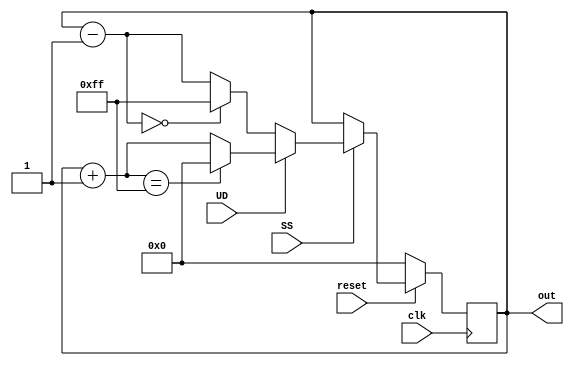
`timescale 1ns / 1ps
//////////////////////////////////////////////////////////////////////////////////
// Company: 
// Engineer: 
// 
// Design Name: 
// Module Name:    dem_8bit 
// Project Name: 
// Target Devices: 
// Tool versions: 
// Description: 
//
// Dependencies: 
//
// Revision: 
// Revision 0.01 - File Created
// Additional Comments: 
//
//////////////////////////////////////////////////////////////////////////////////
module dem_8bit(clk,reset,UD,SS,out);
input clk,reset,UD,SS;
output reg[7:0] out;
initial
	begin
	out <= 8'h00;
	end
always@(posedge clk)
if(reset == 0)
out = 8'h00;
else
	begin
		if(SS==1)
		begin
			if(UD == 1)
			begin
				out = out + 1;
				if(out == 8'hff)
				out =8'h00;
			end
			
			else if(UD==0)
			begin
				out= out - 1;
				if (out == 8'h00)
				out = 8'hff;
			end
			
		end
		else if (SS == 0)
			out = out;
	end
endmodule